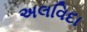
અલવિદા